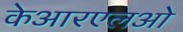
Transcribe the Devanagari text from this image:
केआरएलओ